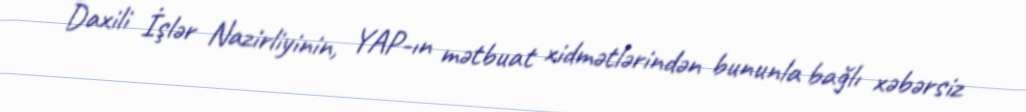
Daxili İşlər Nazirliyinin, YAP-ın mətbuat xidmətlərindən bununla bağlı xəbərsiz